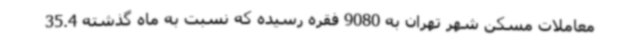
معاملات مسکن شهر تهران به 9080 فقره رسیده که نسبت به ماه گذشته 35.4